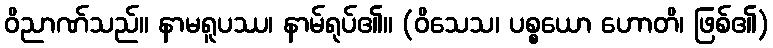
ဝိညာဏ်သည်။ နာမရူပဿ၊ နာမ်ရုပ်၏။ (ဝိသေသ၊ ပစ္စယော ဟောတိ၊ ဖြစ်၏)